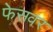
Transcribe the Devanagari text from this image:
फेसवर